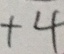
+ 4